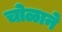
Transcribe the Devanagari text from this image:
चोळाने